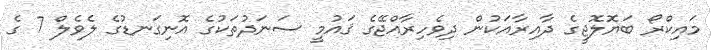
މައިކްރޯ ބަޔޮލޮޖީގެ ދާއިރާއަކުން ދިވެހިރާއްޖޭގެ ޤައުމީ ސަނަދުތަކުގެ އޮނިގަނޑުގެ ލެވެލް 7 ގެ